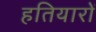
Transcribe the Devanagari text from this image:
हतियारों